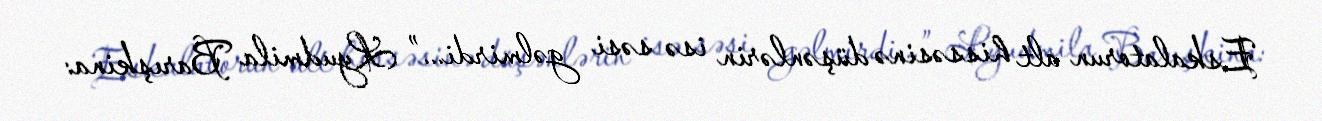
Eskalatorun alt hissəsinə düşənlərin isə səsi gəlmirdi...” Lyudmila Barışkina: